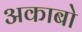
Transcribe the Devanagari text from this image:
अकाबो